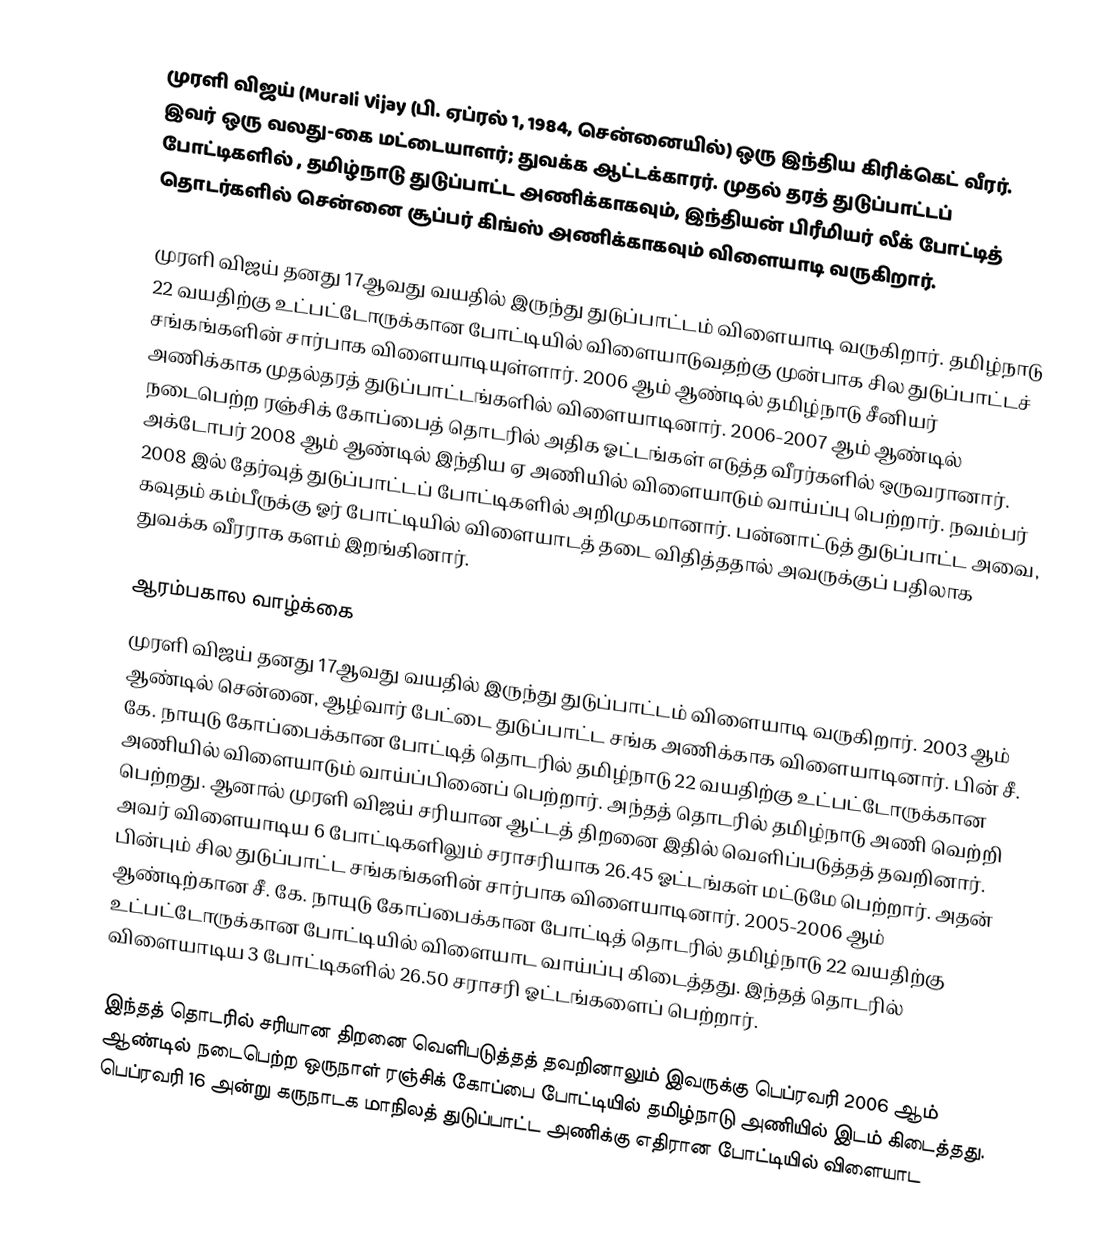
முரளி விஜய் (Murali Vijay (பி. ஏப்ரல் 1, 1984, சென்னையில்) ஒரு இந்திய கிரிக்கெட் வீரர். இவர் ஒரு வலது-கை மட்டையாளர்; துவக்க ஆட்டக்காரர். முதல் தரத் துடுப்பாட்டப் போட்டிகளில் , தமிழ்நாடு துடுப்பாட்ட அணிக்காகவும், இந்தியன் பிரீமியர் லீக் போட்டித் தொடர்களில்  சென்னை சூப்பர் கிங்ஸ் அணிக்காகவும் விளையாடி வருகிறார்.

முரளி விஜய் தனது 17ஆவது வயதில் இருந்து துடுப்பாட்டம் விளையாடி வருகிறார். தமிழ்நாடு 22 வயதிற்கு உட்பட்டோருக்கான போட்டியில் விளையாடுவதற்கு முன்பாக சில துடுப்பாட்டச் சங்கங்களின் சார்பாக விளையாடியுள்ளார். 2006 ஆம் ஆண்டில் தமிழ்நாடு சீனியர் அணிக்காக முதல்தரத் துடுப்பாட்டங்களில் விளையாடினார். 2006-2007 ஆம் ஆண்டில் நடைபெற்ற ரஞ்சிக் கோப்பைத் தொடரில் அதிக ஓட்டங்கள் எடுத்த வீரர்களில் ஒருவரானார். அக்டோபர் 2008 ஆம் ஆண்டில் இந்திய ஏ அணியில் விளையாடும் வாய்ப்பு பெற்றார். நவம்பர் 2008 இல் தேர்வுத் துடுப்பாட்டப் போட்டிகளில் அறிமுகமானார். பன்னாட்டுத் துடுப்பாட்ட அவை, கவுதம் கம்பீருக்கு ஓர் போட்டியில் விளையாடத் தடை விதித்ததால் அவருக்குப் பதிலாக துவக்க வீரராக களம் இறங்கினார்.

ஆரம்பகால வாழ்க்கை
முரளி விஜய் தனது 17ஆவது வயதில் இருந்து துடுப்பாட்டம் விளையாடி வருகிறார். 2003 ஆம் ஆண்டில் சென்னை, ஆழ்வார் பேட்டை துடுப்பாட்ட சங்க அணிக்காக விளையாடினார். பின் சீ. கே. நாயுடு கோப்பைக்கான போட்டித் தொடரில் தமிழ்நாடு 22 வயதிற்கு உட்பட்டோருக்கான அணியில் விளையாடும் வாய்ப்பினைப் பெற்றார். அந்தத் தொடரில் தமிழ்நாடு அணி வெற்றி பெற்றது. ஆனால் முரளி விஜய் சரியான ஆட்டத் திறனை இதில் வெளிப்படுத்தத் தவறினார். அவர் விளையாடிய 6 போட்டிகளிலும் சராசரியாக 26.45 ஓட்டங்கள் மட்டுமே பெற்றார். அதன் பின்பும் சில துடுப்பாட்ட சங்கங்களின் சார்பாக விளையாடினார். 2005-2006 ஆம் ஆண்டிற்கான  சீ. கே. நாயுடு கோப்பைக்கான போட்டித் தொடரில் தமிழ்நாடு 22 வயதிற்கு உட்பட்டோருக்கான போட்டியில் விளையாட வாய்ப்பு கிடைத்தது. இந்தத் தொடரில் விளையாடிய 3 போட்டிகளில் 26.50 சராசரி ஓட்டங்களைப் பெற்றார்.

இந்தத் தொடரில் சரியான திறனை வெளிபடுத்தத் தவறினாலும் இவருக்கு பெப்ரவரி 2006 ஆம் ஆண்டில் நடைபெற்ற ஒருநாள் ரஞ்சிக் கோப்பை போட்டியில் தமிழ்நாடு அணியில் இடம் கிடைத்தது. பெப்ரவரி 16 அன்று கருநாடக  மாநிலத் துடுப்பாட்ட அணிக்கு எதிரான போட்டியில் விளையாட